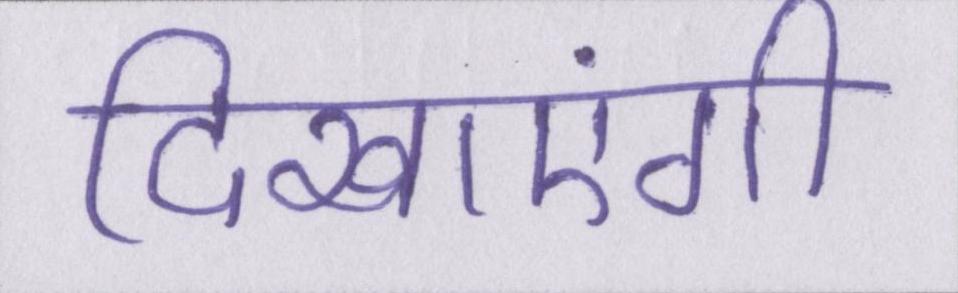
दिखाएंगी